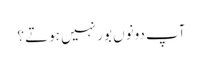
آپ دونوں بور نہیں ہوتے ؟